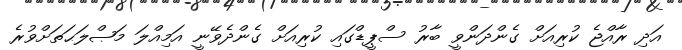
އަދި ރާއްޖެ ކުރިއަށް ގެންދަންވީ ބާރު ސްޕީޑްގައި ކުރިއަށް ގެންދެވޭނީ އަމިއްލަ މަޞްލަޙަތަށްވުރެ